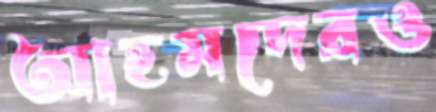
আহমদেরও